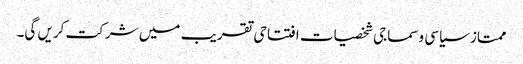
ممتاز سیاسی وسماجی شخصیات افتتاحی تقریب میں شرکت کریں گی۔